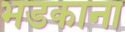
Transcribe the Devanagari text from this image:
भडकाना